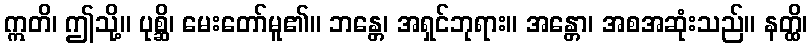
ဣတိ၊ ဤသို့။ ပုစ္ဆိ၊ မေးတော်မူ၏။ ဘန္တေ၊ အရှင်ဘုရား။ အန္တော၊ အစအဆုံးသည်။ နတ္ထိ၊